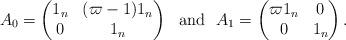
LaTeX: \begin{align*}A_{0}=\begin{pmatrix}1_n & (\varpi-1)1_n\\0 & 1_n\end{pmatrix}\ \mbox{ and }\ A_{1}=\begin{pmatrix}\varpi 1_n & 0\\0 & 1_n\end{pmatrix}.\end{align*}